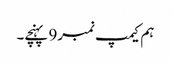
ہم کیمپ نمبر9 پہنچے۔